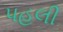
પહલી